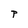
Character: P